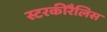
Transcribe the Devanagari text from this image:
स्टरकीरैलिस